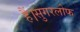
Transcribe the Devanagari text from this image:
हैं।सुगरलोफ